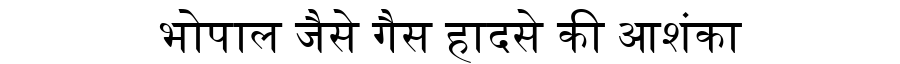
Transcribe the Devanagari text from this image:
भोपाल जैसे गैस हादसे की आशंका